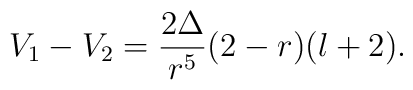
V_1-V_2= \frac{2 \Delta}{r^5} (2-r) (l+2).